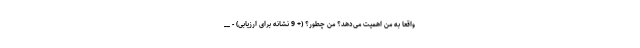
واقعاً به من اهمیت می‌دهد؟ من چطور؟ (+ 9 نشانه برای ارزیابی) - __